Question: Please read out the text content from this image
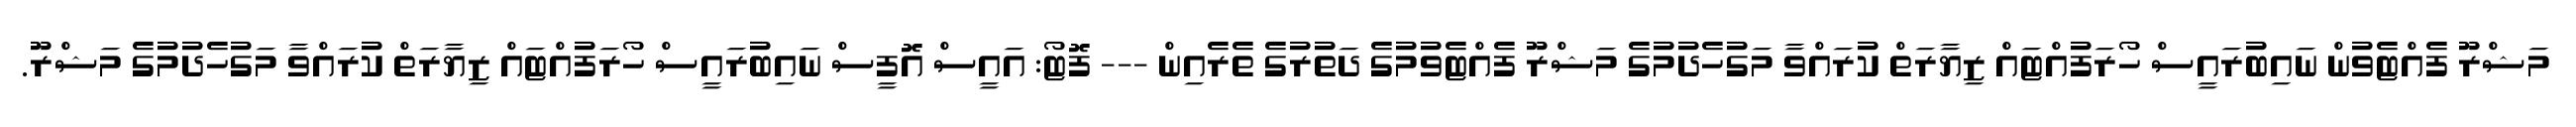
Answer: މަޝްރޫ ފެއްޓެވުން ނައިބުރައީސް ހޯރަފުއްޓައް ޒިޔާރަތް ކުރައްވާ މަގުހެދުމުގެ މަޝްރޫ ފެއްޓެވުމުގެ ދަތުރުގެ ތެރެއިން --- ފޮޓޯ: އައީސް އޮފީސް ނައިބުރައީސް ހޯރަފުއްޓައް ޒިޔާރަތް ކުރައްވާ މަގުހެދުމުގެ މަޝްރޫ.